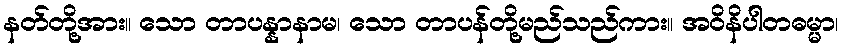
နတ်တို့အား။ သော တာပန္နာနာမ၊ သော တာပန်တို့မည်သည်ကား။ အဝိနိပါတဓမ္မာ၊